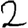
Digit: 2